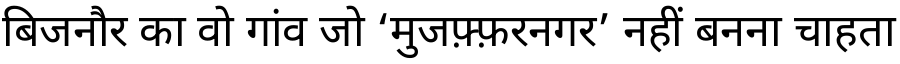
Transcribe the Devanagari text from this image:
बिजनौर का वो गांव जो ‘मुजफ़्फ़रनगर’ नहीं बनना चाहता